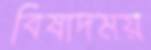
বিষাদময়